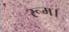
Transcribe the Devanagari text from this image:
रूम।